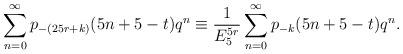
LaTeX: \begin{align*}\sum_{n=0}^{\infty}p_{-(25r+k)}(5n+5-t)q^{n}\equiv\dfrac{1}{E_{5}^{5r}}\sum_{n=0}^{\infty}p_{-k}(5n+5-t)q^{n}.\end{align*}